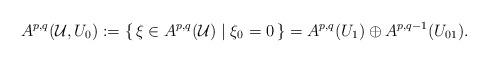
LaTeX: \begin{align*}A^{p,q}(\mathcal{U},U_{0}):=\{\,\xi\in A^{p,q}(\mathcal{U})\mid\xi_{0}=0\,\}=A^{p,q}(U_{1})\oplus A^{p,q-1}(U_{01}).\end{align*}